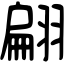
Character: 翩